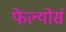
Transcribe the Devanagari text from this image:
फेल्योर्स